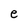
Character: e